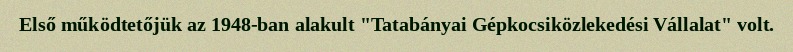
Első működtetőjük az 1948-ban alakult "Tatabányai Gépkocsiközlekedési Vállalat" volt.